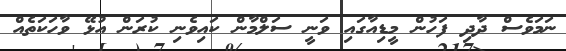
ނަމަވެސް ދާދި ފަހުން މީޑިއާގައި ވަނީ ސަލްމާން ކައިވެނި ކުރަން އުޅޭ ވާހަކަތެއް